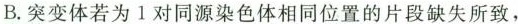
B.突变体若为1对同源染色体相同位置的片段缺失所致，